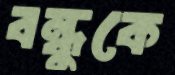
বন্ধুকে